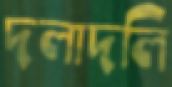
দলাদলি